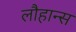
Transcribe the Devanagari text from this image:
लौहान्स